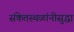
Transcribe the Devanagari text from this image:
संकेतस्थळांनीसुद्धा